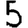
Digit: 5